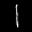
Label: 1